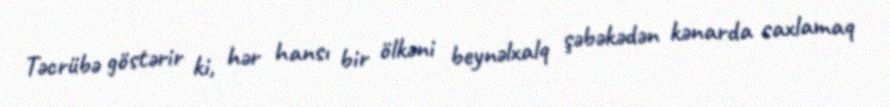
Təcrübə göstərir ki, hər hansı bir ölkəni beynəlxalq şəbəkədən kənarda saxlamaq